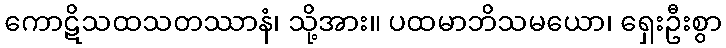
ကောဋိသထသတဿာနံ၊ သို့အား။ ပထမာဘိသမယော၊ ရှေးဦးစွာ